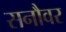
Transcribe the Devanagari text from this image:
सनौवर